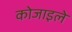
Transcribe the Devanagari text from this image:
कोजाइले